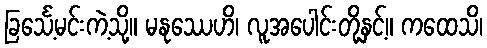
ခြင်္သေ့မင်းကဲ့သို့။ မနုဿေဟိ၊ လူအပေါင်းတို့နှင့်။ ကထေသိ၊